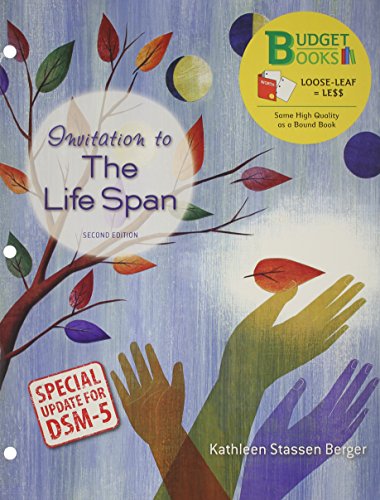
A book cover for Loose-leaf Version for Invitation to the Life Span with DSM5 Update; Kathleen Stassen Berger; Medical Books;